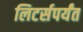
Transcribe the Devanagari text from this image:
लिटर्सपर्यंत